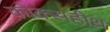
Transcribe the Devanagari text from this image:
कोक्सहीथ